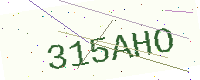
Text: 315AHO